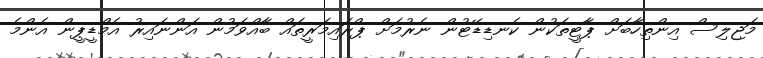
މަޖިލިސް އިންތިހާބަށް ޕާޓީތަކުން ކެނޑިޑޭޓުން ނެރުމަށް ޕްރައިމަރީތައް ބާއްވަމުން އަންނައިރު އެމްޑީޕީން އެންމެ